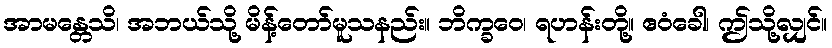
အာမန္တေသိ၊ အဘယ်သို့ မိန့်တော်မူသနည်း။ ဘိက္ခဝေ၊ ရဟန်းတို့။ ဧဝံခေါ၊ ဤသို့လျှင်။